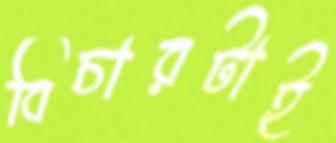
বিচারটাই